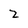
Character: 2